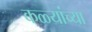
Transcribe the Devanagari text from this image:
कळ्यांच्या